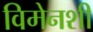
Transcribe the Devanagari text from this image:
विमेनशी